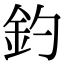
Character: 釣